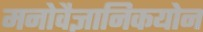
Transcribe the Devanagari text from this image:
मनोवैज्ञानिकयोन